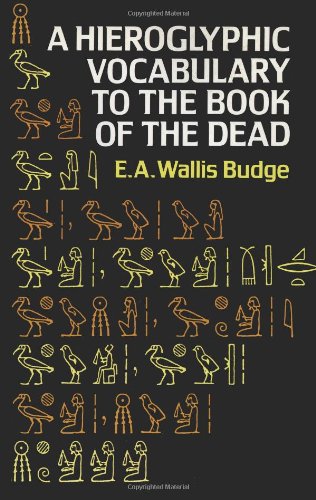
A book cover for Hieroglyphic Vocabulary to the Book of the Dead (Egypt); E. A. Wallis Budge; Religion & Spirituality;